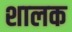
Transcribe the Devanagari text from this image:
शालक